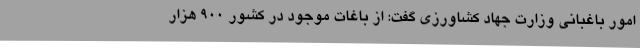
امور باغبانی وزارت جهاد کشاورزی گفت: از باغات موجود در کشور 900 هزار